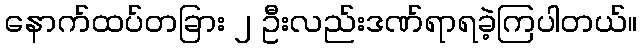
နောက်ထပ်တခြား ၂ ဦးလည်းဒဏ်ရာရခဲ့ကြပါတယ်။